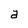
Character: a